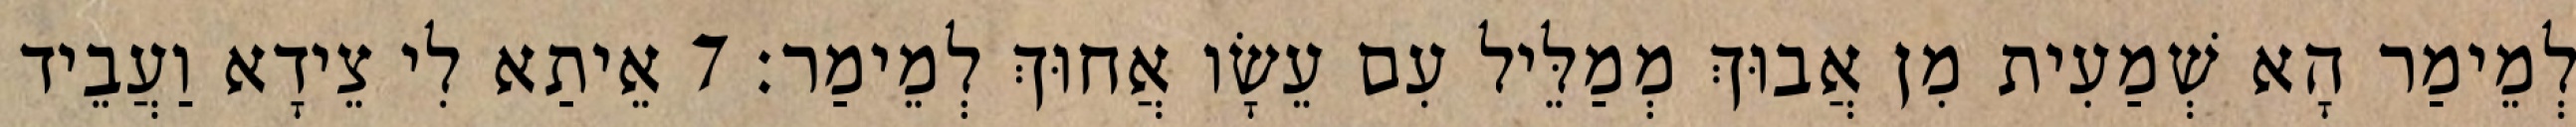
לְמֵימַר הָא שְׁמַעִית מִן אֲבוּךְ מְמַלֵּיל עִם עֵשָׂו אֲחוּךְ לְמֵימַר׃ 7 אֵיתַא לִי צֵידָא וַעֲבֵיד